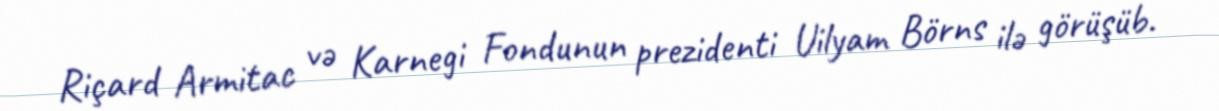
Riçard Armitac və Karnegi Fondunun prezidenti Uilyam Börns ilə görüşüb.